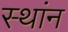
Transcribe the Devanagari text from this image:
स्थांन